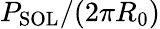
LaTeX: P_{\mathrm{{SOL}}}/(2\pi R_{0})